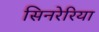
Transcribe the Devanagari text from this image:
सिनरेरिया